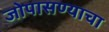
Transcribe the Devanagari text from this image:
जोपासण्याचा